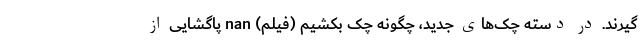
گیرند. در دسته چک‌های جدید، چگونه چک بکشیم (فیلم) nan پاگشایی از